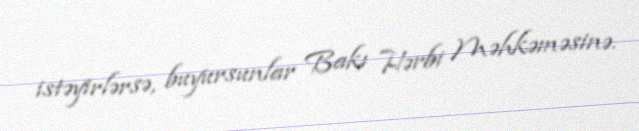
istəyirlərsə, buyursunlar Bakı Hərbi Məhkəməsinə.